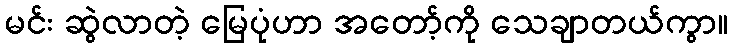
မင်း ဆွဲလာတဲ့ မြေပုံဟာ အတော့်ကို သေချာတယ်ကွာ။